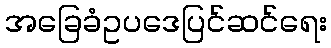
အခြေခံဥပဒေပြင်ဆင်ရေး